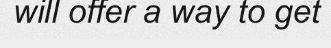
will offer a way to get